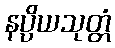
နပ္ပိယသုတ္တံ